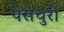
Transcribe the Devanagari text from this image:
पेसचुरी